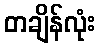
တချိန်လုံး